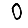
Digit: 0